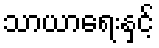
သာယာရေးနှင့်